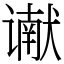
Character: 谳